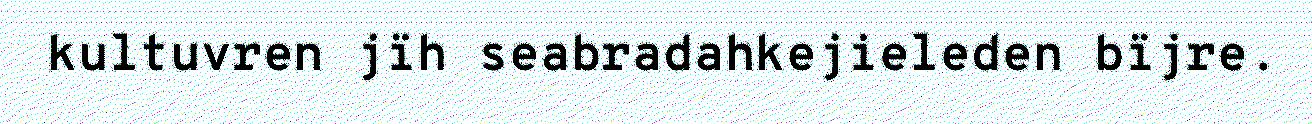
kultuvren jïh seabradahkejieleden bïjre.